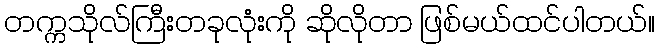
တက္ကသိုလ်ကြီးတခုလုံးကို ဆိုလိုတာ ဖြစ်မယ်ထင်ပါတယ်။